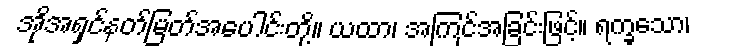
အိုအရှင်နတ်မြတ်အပေါင်းတို့။ ယထာ၊ အကြင်အခြင်းဖြင့်။ ရက္ခသော၊